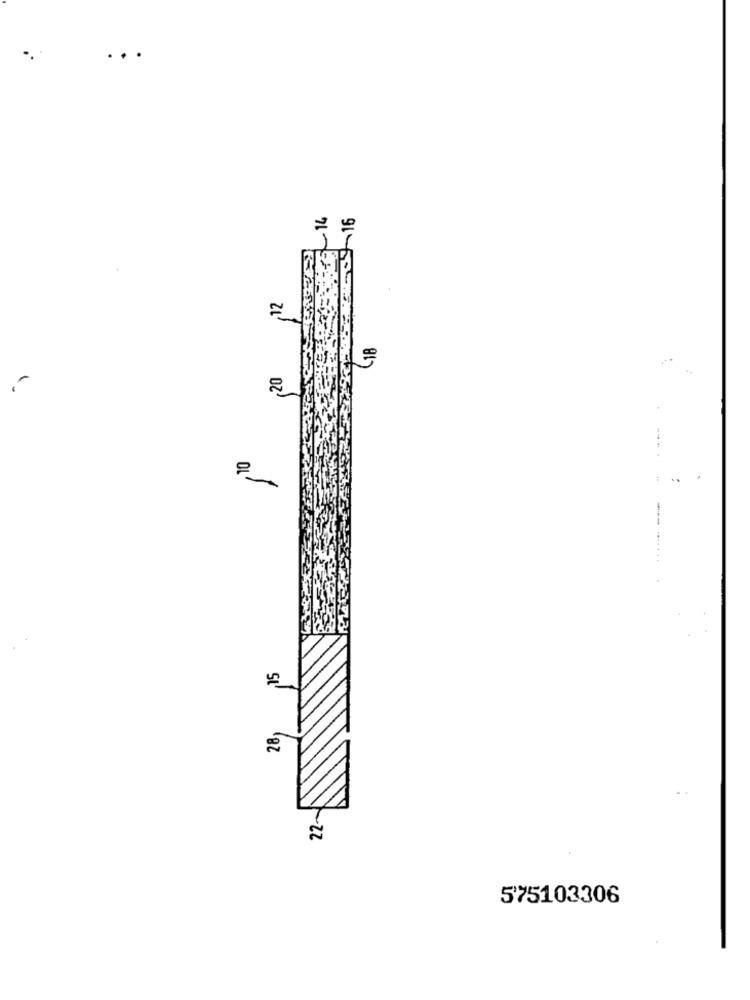
.. .
..
FEL-14
12
(18
oz'
,10
..
28,
575103306